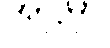
အဋ္ဌမှာ